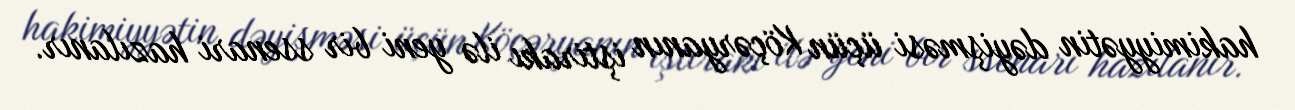
hakimiyyətin dəyişməsi üçün Köçəryanın iştirakı ilə yeni bir ssenari hazılanır.